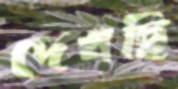
দেখছি